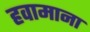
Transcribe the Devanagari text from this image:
हवामाना